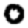
Digit: 0